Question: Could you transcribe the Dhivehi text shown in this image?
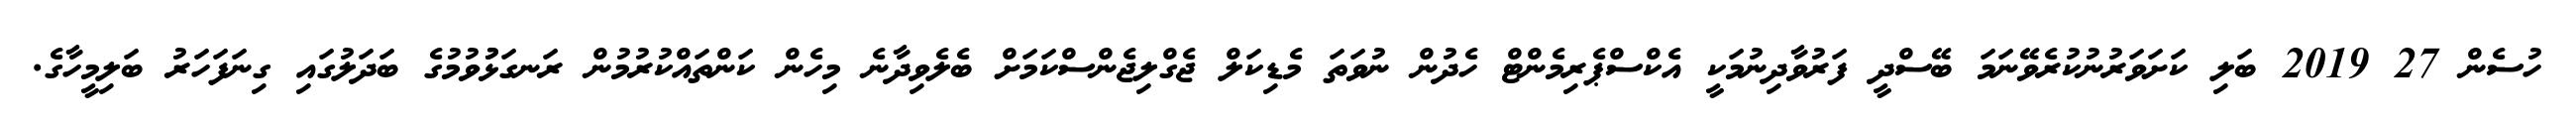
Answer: ހުސެން 27 2019 ބަލި ކަށަވަރުނުކުރެވޭނަމަ ބޭސްދީ ފަރުވާދިނުމަކީ އެކްސްޕެރިމެންޓް ހެދުން ނުވަތަ މެޑިކަލް ޖެގްލިޖެންސްކަމަށް ބެލެވިދާނެ މިހެން ކަންތައްކުރުމުން ރަނގަޅުުވުމުގެ ބަދަލުގައި ގިނަފަހަރު ބަލިމީހާގެ.